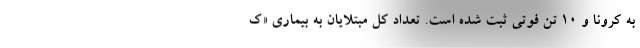
به کرونا و ۱۰ تن فوتی ثبت شده است. تعداد کل مبتلایان به بیماری «ک